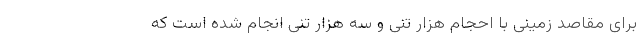
برای مقاصد زمینی با احجام هزار تنی و سه هزار تنی انجام شده است که